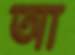
আ